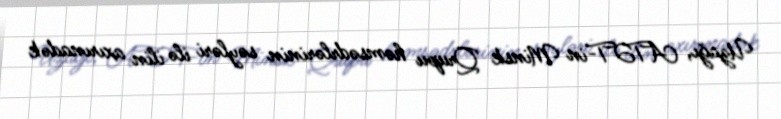
Uzağı, ATƏT-in Minsk Qrupu həmsədrlərinin səyləri ilə ilin axırınadək